Leaving Certificate Examination, 1908
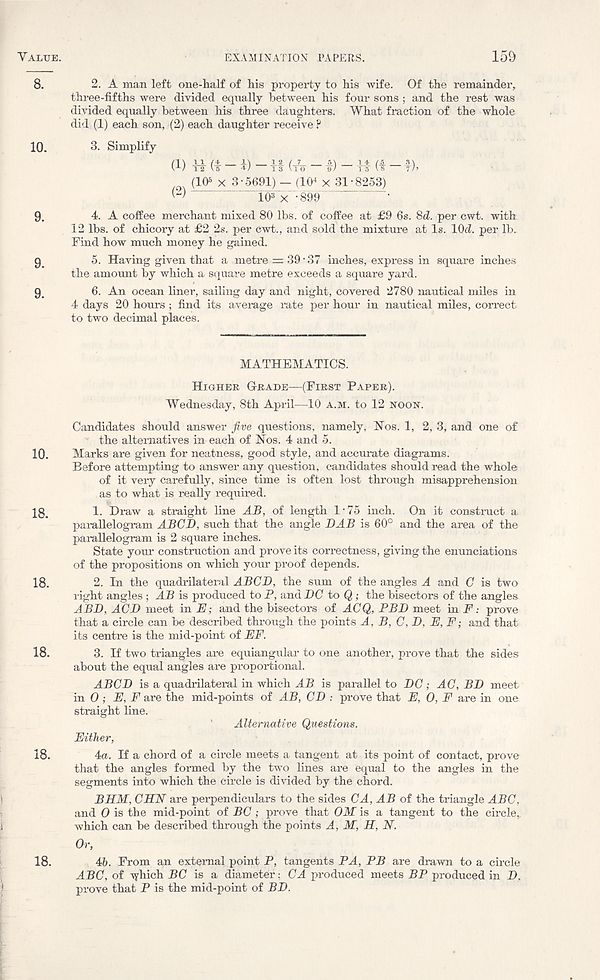
Yaltje.
EXAMINATION PAPERS.
15&
8.
2. A man left one-half of his property to his wife. Of the remainder,
three-fifths were divided equally between his four sons; and the rest was
divided equally between his three daughters. What fraction of the whole
did (1) each son, (2) each daughter receive ?
10.
3. Simplify
(1)
(A-l)-H(f-t).
(10 5 x 3-5691)-(10 4 x 31-8253)
10 3 x 899
9.
4. A coffee merchant mixed 80 lbs. of coffee at £9 6s. 8d. per cwt. with
12 lbs. of chicory at £2 2s. per cwt., and sold the mixture at Is. lOd. per lb.
Find how much money he gained.
g
5. Having given that a metre = 39-37 inches, express in square inches
the amount by which a square metre exceeds a square yard.
9.
6. An ocean liner, sailing day and night, covered 2780 nautical miles in
4 days 20 hours; find its average rate per hour in nautical miles, correct
to two decimal places.
MATHEMATICS.
Higher Grade—(First Paper).
Wednesday, 8th April—10 a.m. to 12 noon.
Candidates should answer five questions, namely, Nos. 1, 2, 3, and one of
' the alternatives in each of Nos. 4 and 5.
10. Marks are given for neatness, good style, and accurate diagrams.
Before attempting to answer any question, candidates should read the whole
of it very carefully, since time is often lost through misapprehension
as to what is really required.
18.
1. Draw a straight line AB, of length 1-75 inch. On it construct a
parallelogram ABGB, such that the angle DAB is 60° and the area of the
parallelogram is 2 square inches.
State your construction and prove its correctness, giving the enunciations
of the propositions on which your proof depends.
18.
2. In the quadrilateral ABCD, the sum of the angles A and C is two
right angles ; AB is produced to P, and DC to Q; the bisectors of the angles
ABD, ACD meet in E; and the bisectors of ACQ, PBD meet in F: prove
that a circle can be described through the points A, B, C, D, E, F; and that
its centre is the mid-point of EF.
18.
3. If two triangles are equiangular to one another, prove that the sides
about the equal angles are proportional.
ABCD is a quadrilateral in which AB is parallel to DC; AC, BD meet
in 0,- E, F are the mid-points of AB, CD . - prove that E, 0, F are in one
straight line.
Alternative Questions.
Either,
18.
4a. If a chord of a circle meets a tangent at its point of contact, prove-
that the angles formed by the two lines are equal to the angles in the
segments into which the circle is divided by the chord.
BHM, CHN are perpendiculars to the sides CA, AB of the triangle ABC,
and 0 is the mid-point of BC; prove that OM is a tangent to the circle,
which can be described through the points A, M, H, N.
Or,
18.
4b. From an external point P, tangents PA, PB are drawn to a circle
ABC, of lyhich BC is a diameter; CA produced meets BP produced in D.
prove that P is the mid-point of BD.